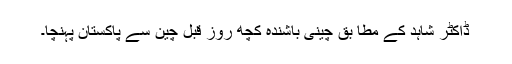
ڈاکٹر شاہد کے مطا بق چینی باشندہ کچھ روز قبل چین سے پاکستان پہنچا۔